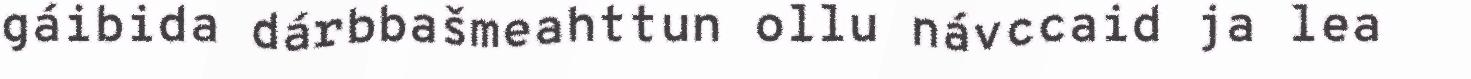
gáibida dárbbašmeahttun ollu návccaid ja lea